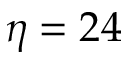
\eta = 2 4